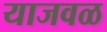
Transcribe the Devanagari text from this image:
याजवळ